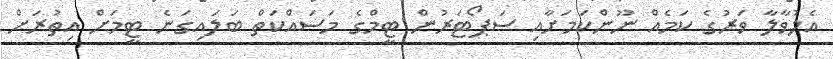
އެލުވާލާ ވަރުގެ ކަމެއް ނޫންކަމަށާއި ސަޕޯޓަރުން ޓީމްގެ މަސައްކަތް ބަލައިގަނެ ޓީމަށް އިތުރަށް